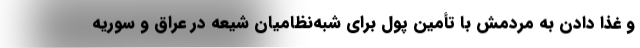
و غذا دادن به مردمش با تأمین پول برای شبه‌نظامیان شیعه در عراق و سوریه